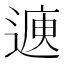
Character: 𮞳